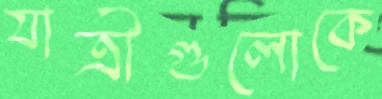
যাত্রীগুলোকে